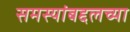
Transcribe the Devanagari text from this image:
समस्यांबद्दलच्या